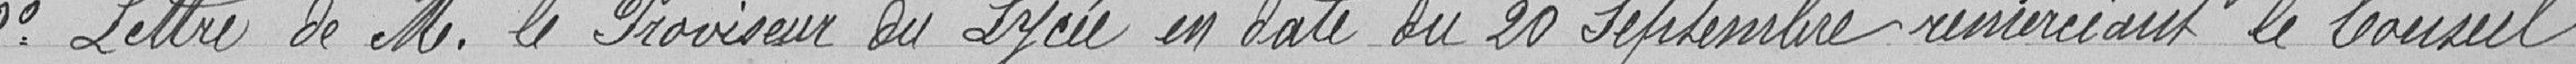
2 Lettre de Monsieur le Provisrur du lycée en date du 20 septembre remerciant le Conseil